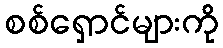
စစ်ရှောင်များကို